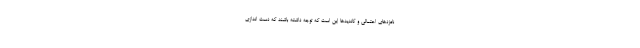
نامزدهای احتمالی و کاندیدها این است که توجه داشته باشند که دست اندازی